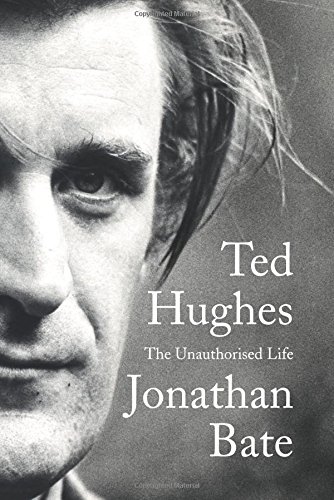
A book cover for Ted Hughes: The Unauthorised Life; Jonathan Bate; Literature & Fiction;